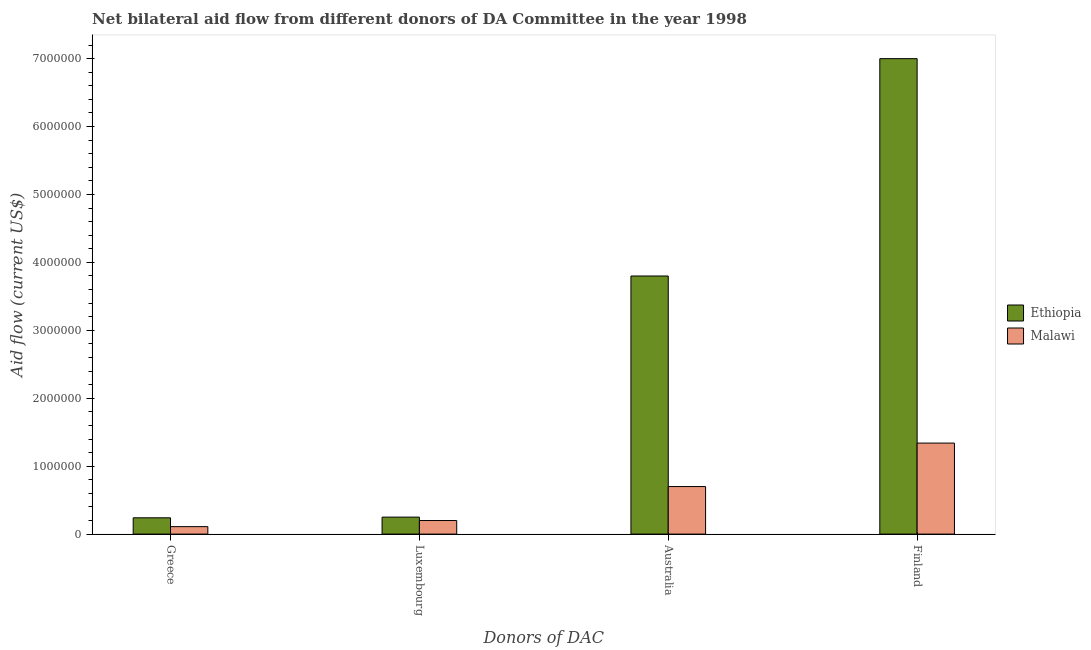
| Donors of DAC | Ethiopia | Malawi |
 | --- | --- | --- |
 | Greece | 2.4e+05 | 1.1e+05 |
 | Luxembourg | 2.5e+05 | 2e+05 |
 | Australia | 3.8e+06 | 7e+05 |
 | Finland | 7e+06 | 1.34e+06 |